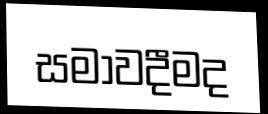
සමාවදීමද